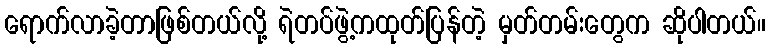
ရောက်လာခဲ့တာဖြစ်တယ်လို့ ရဲတပ်ဖွဲ့ကထုတ်ပြန်တဲ့ မှတ်တမ်းတွေက ဆိုပါတယ်။